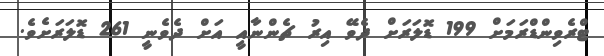
ޓްރެވިންޑްރަމަށް 199 ޑޮލަރަށް ދެވޭ އިރު ޗެންނާއީ އަށް ދެވެނީ 261 ޑޮލަރަށެވެ.